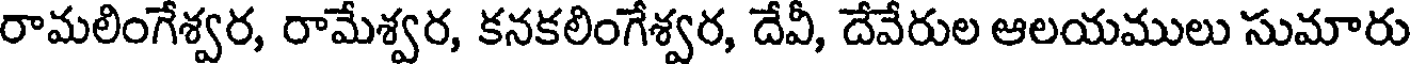
రామలింగేశ్వర, రామేశ్వర, కనకలింగేశ్వర, దేవీ, దేవేరుల ఆలయములు సుమారు